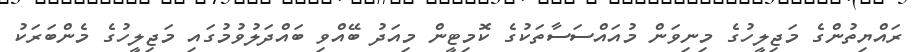
ރައްޔިތުންގެ މަޖިލީހުގެ މިނިވަން މުއައްސަސާތަކުގެ ކޮމިޓީން މިއަދު ބޭއްވި ބައްދަލުވުމުގައި މަޖިލީހުގެ މެންބަރަކު